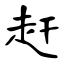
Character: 赶